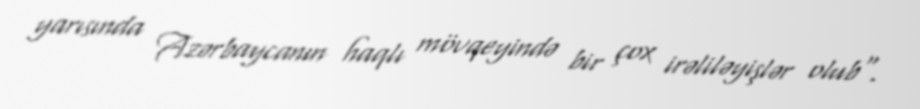
yarısında Azərbaycanın haqlı mövqeyində bir çox irəliləyişlər olub".